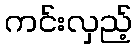
ကင်းလှည့်